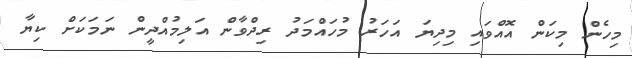
މިހެން މިކަން އޮއްވައި މިދިޔަ އަހަރު މުހައްމަދު ރިދްވާން އަލިމުއްދީން ނަމަކަށް ކިޔާ